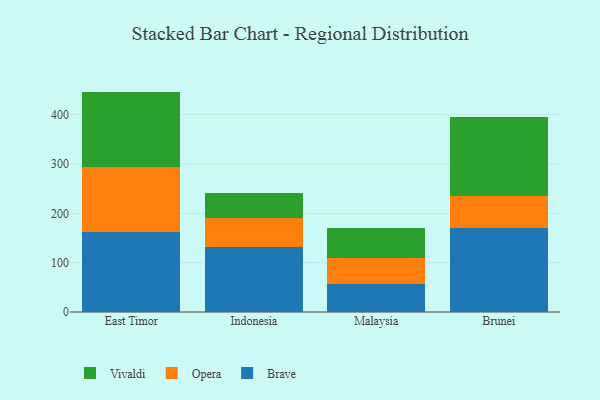
{"axis": {"x": "Country", "y": "Headcount"}, "legend": ["Brave", "Opera", "Vivaldi"], "data": [{"x": "East Timor", "y": 162.9, "type": "Brave"}, {"x": "East Timor", "y": 131.4, "type": "Opera"}, {"x": "East Timor", "y": 152.5, "type": "Vivaldi"}, {"x": "Indonesia", "y": 130.9, "type": "Brave"}, {"x": "Indonesia", "y": 59.7, "type": "Opera"}, {"x": "Indonesia", "y": 51.6, "type": "Vivaldi"}, {"x": "Malaysia", "y": 57.3, "type": "Brave"}, {"x": "Malaysia", "y": 53.1, "type": "Opera"}, {"x": "Malaysia", "y": 60.8, "type": "Vivaldi"}, {"x": "Brunei", "y": 170.2, "type": "Brave"}, {"x": "Brunei", "y": 64.0, "type": "Opera"}, {"x": "Brunei", "y": 162.1, "type": "Vivaldi"}]}